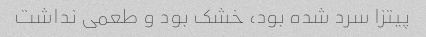
پیتزا سرد شده بود، خشک بود و طعمی نداشت